Annual report of the Punjab Veterinary College and of the Civil Veterinary Department, Punjab - 1926-1932
Year: 1926
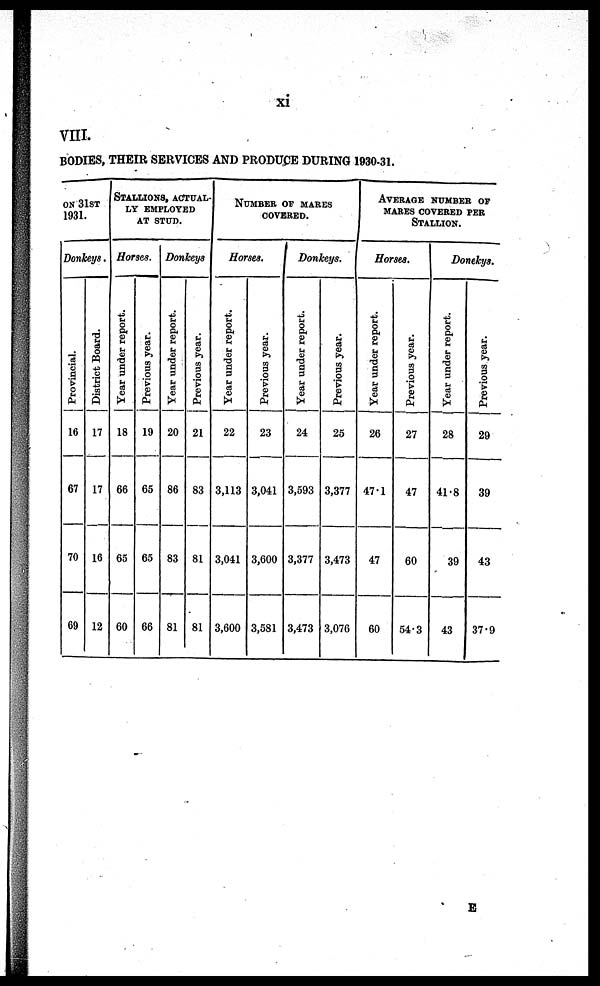
xi
VIII.
BODIES, THEIR SERVICES AND PRODUCE DURING 1930-31.
ON 31ST
1931.
Donkeys .
Provincial.
16
67
70
69
District Board.
17
17
16
12
STALLIONS, ACTUAL-
-- EMPLOYED
AT STUD.
Horses.
Year under report.
18
66
65
60
Previous year.
19
65
65
66
Donkeys
Year under report.
20
86
83
81
Previous year.
21
83
81
81
NUMBEE OF MARES
COVERED.
Horses.
Year under report.
22
3,113
3,041
3,600
Previous year.
23
3,041
3,600
3,581
Donkeys.
Year under report.
24
3,593
3,377
3,473
Previous year.
25
3,377
3,473
3,076
AVERAGE NUMBER OF
MARES COVERED PER
STALLION.
Horses.
Year under report.
26
47.1
47
60
Previous year.
27
47
60
54.3
Donekys.
Year under report.
28
41.8
39
43
Previous year.
29
39
43
37.9